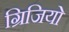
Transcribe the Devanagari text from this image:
ग्रिजियो